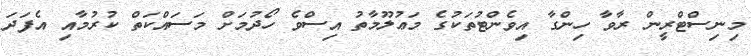
މިނިސްޓްރީން ރާވާ ހިންގާ އިވެންޓުތަކުގެ މަޢުލޫމާތު އިސްވެ ހޯދުމަށް މަސައްކަތް ކުރުމާއި އެފަދަ